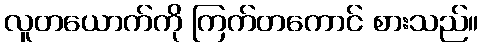
လူတယောက်ကို ကြက်တကောင် စားသည်။